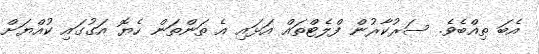
އެބަ ތިއްބެވެ. ސަރުކާރުން ފްލެޓްތައް އަޅައި އެ ތަންތަން ހެޔޮ އަގުގައި ކުއްޔަށް